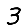
Digit: 3